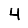
Digit: 4